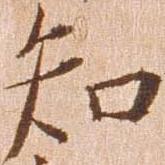
知